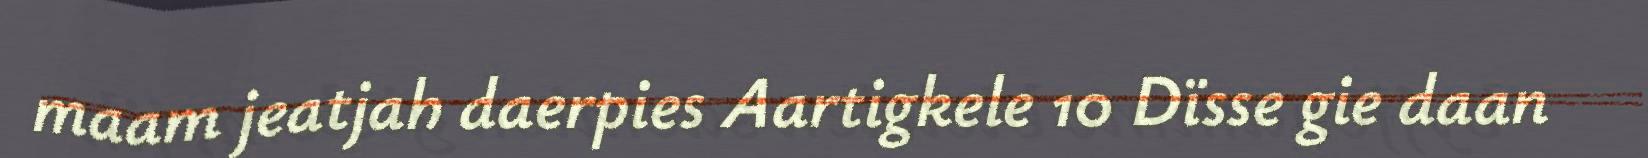
maam jeatjah daerpies Aartigkele 10 Dïsse gie daan